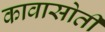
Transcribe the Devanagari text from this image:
कावासोती